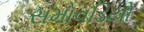
સમોવડિયો